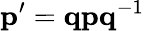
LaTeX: \mathbf{p^{\prime}}=\mathbf{q}\mathbf{p}\mathbf{q}^{-1}